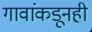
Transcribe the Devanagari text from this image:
गावांकडूनही